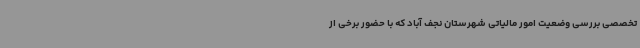
تخصصی بررسی وضعیت امور مالیاتی شهرستان نجف آباد که با حضور برخی از